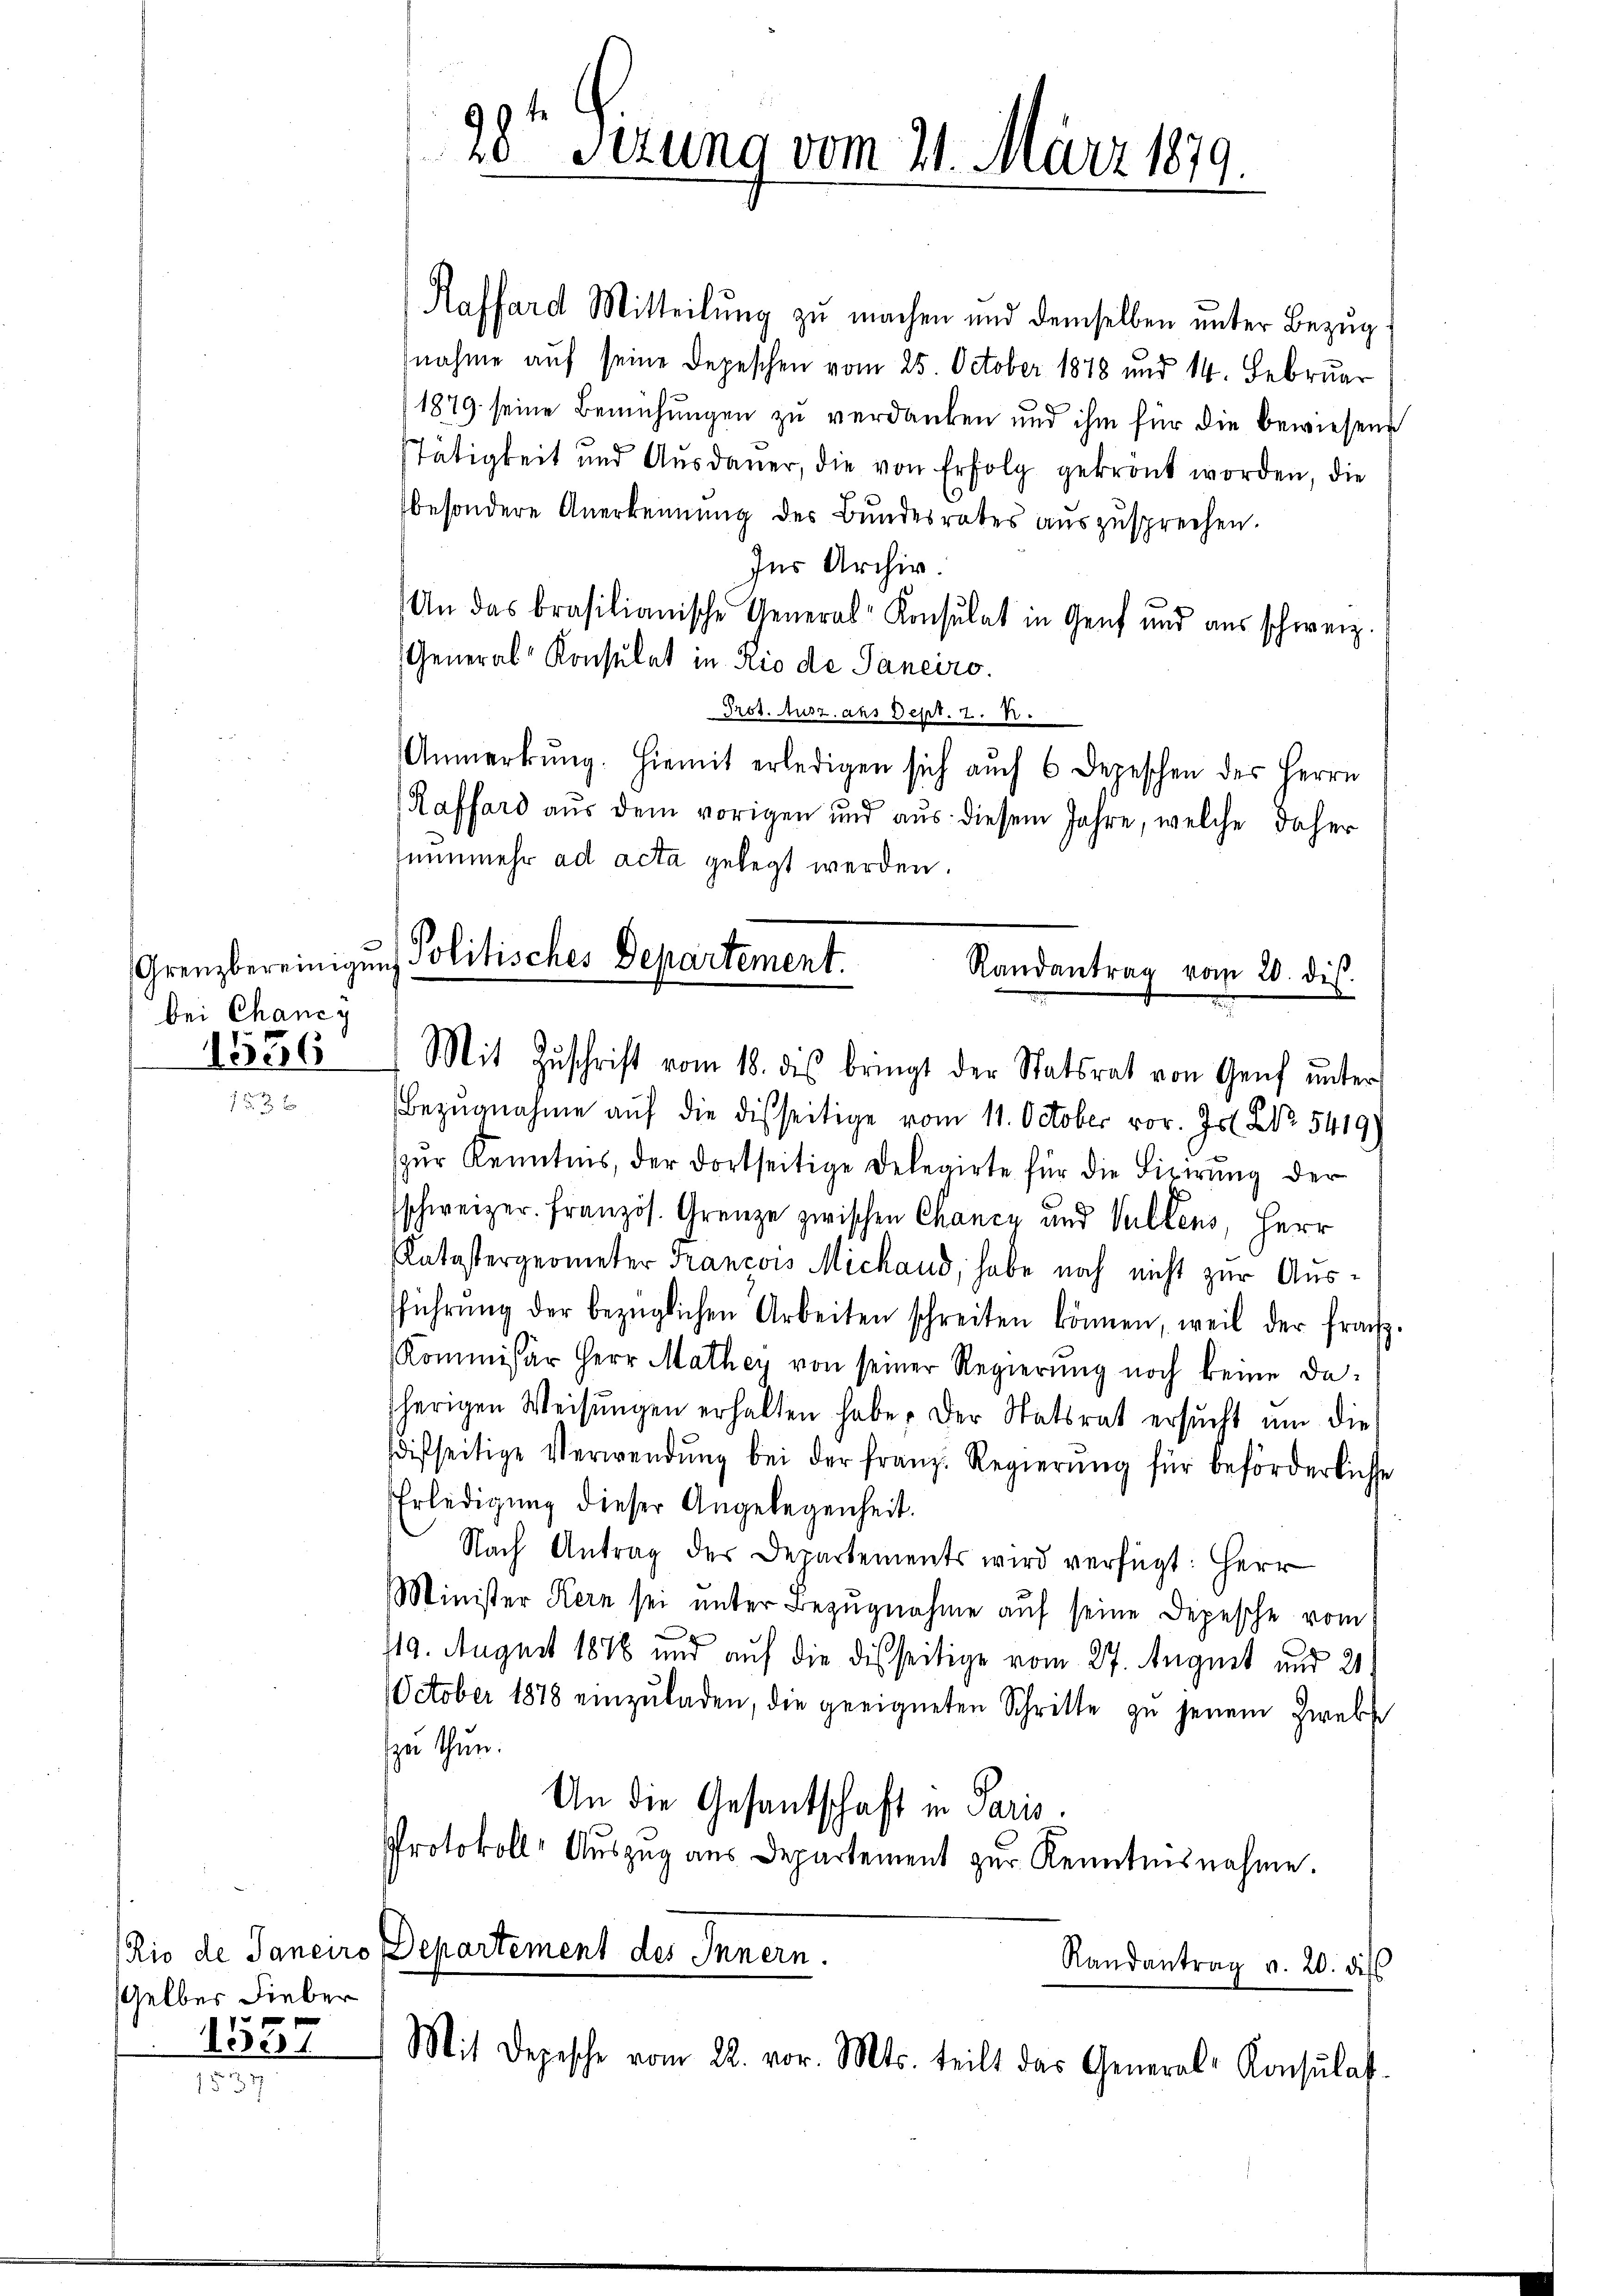
bei Chancy

1556

Gelber Lieber
1557

28 Sezung vom 21. März 181.
9.

Grenzbereinigung Politisches Departement.
Randantrag vom 20. des.
Mit Zŭschrift vom 18. dis bringt der Statsrat von Genf unters

Raffard Mitteilung zu machen und demselben unter Bezug
nahme auf seine Depeschen vom 25. October 1878 und 14. Februar
1879 seine Bemühungen zu verdanken und ihm für die bewiesene
Tätigkeit und Ausdauer, die von Erfolg gekrönt worden, die
besondere Anerkennung des Bŭndesrates auszusprechen.
Ins Archiv.
An das brasilianische General-Konsulat in Genf und aus schweiz.
General Konsulat in Rio de Sanciro.
Prot. Ausz. aus Dept. 7. R.
Anmerkŭng. Hiemit erledigen sich auch 6 Depeschen des Herrn
Raffard aus dem vorigen und aus diesem Jahre, welche daher
nunmehr ad acta gelegt werden.
Bezŭgnahme auf die disseitige vom 11. October vor. Js. Nr. 5419)
zŭr Kenntnis, der dortseitige Delegirte für die Fixirung der
schweizer. Französ. Grenze zwischen Chancy und Vulkens, Herr
Katastergeometer Francois Michand, habe noch nicht zur Aussführŭng der bezüglichen Arbeiten schreiben können, weil der franz-
Kommissär Herr Mathey von seiner Regierŭng noch keine daherigen Weisŭngen erhalten habe. Der Statsrat ersŭcht ŭm die
difseitige Verwendŭng bei der franz. Regierŭng für beförderliche
Erledigung dieser Angelegenheit.
Nach Antrag der Departements wird verfügt: Herr
Minister Kern sei unter Bezugnahme auf seine Depesche vom
19. August 1848 und auf die disseitige vom 27. August und 21
October 1878 einzŭladen, die geeigneten Schritte zu jenem Zwebs
zu thun.
An die Gesantschaft in Paris.
Protokoll- Auszug aus Departement zur Kenntnisnahme.
Rio de Janeiro Departement des Innern.
Randantrag v. 20. dies
Mit Depesche vom 22. vor. Mts. teilt das General-Konsulat